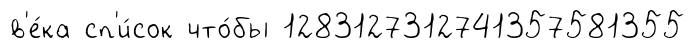
в'е́ка сп'и́сок что́бы 1283127312741357581355